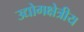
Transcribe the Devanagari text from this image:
उद्योगक्षेत्रीय